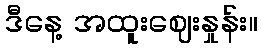
ဒီနေ့ အထူးဈေးနှုန်း။